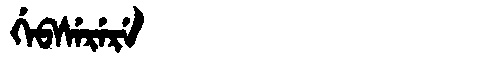
Manchu: ᡤᡝᠪᠰᡝᡵᡝᡵᡝ
Romanization: GEBSERERE